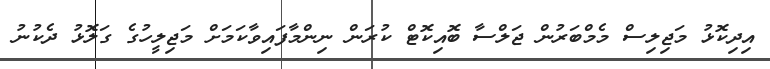
އިދިކޮޅު މަޖިލިސް މެމްބަރުން ޖަލްސާ ބޮއިކޮޓް ކުރަން ނިންމާފައިވާކަމަށް މަޖިލީހުގެ ގަލޮޅު ދެކުނު